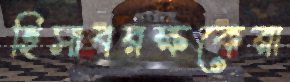
হিসাবরক্ষকেরা